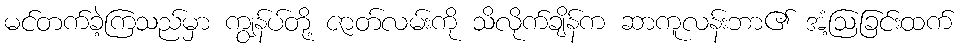
မင်တက်ခဲ့ကြသည်မှာ ကျွန်ပ်တို့ ဇာတ်လမ်းကို သိလိုက်ချိန်က ဆာကူလန်းဘာ၏ အံ့ဩခြင်းထက်